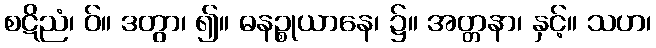
စဋိညံ၊ ဝ်။ ဒတွာ၊ ၍။ ဓနဉ္စုယာနေ၊ ၌။ အတ္တနာ၊ နှင့်။ သဟ၊